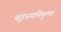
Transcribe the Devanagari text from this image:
बृहस्पतिकुण्ड